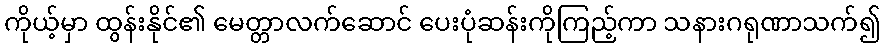
ကိုယ့်မှာ ထွန်းနိုင်၏ မေတ္တာလက်ဆောင် ပေးပုံဆန်းကိုကြည့်ကာ သနားဂရုဏာသက်၍